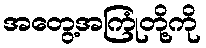
အတွေ့အကြုံတို့ကို